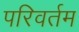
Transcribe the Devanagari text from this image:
परिवर्तम